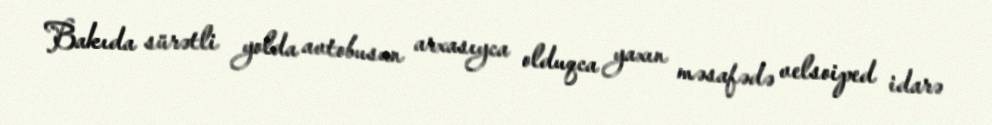
Bakıda sürətli yolda avtobusun arxasıyca olduqca yaxın məsafədə velsoiped idarə